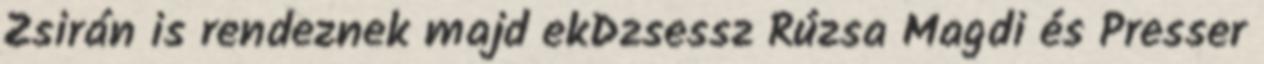
Zsirán is rendeznek majd ekDzsessz Rúzsa Magdi és Presser